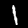
Label: 1